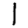
Digit: 1